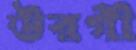
উরগী